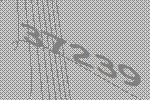
37239